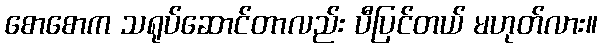
စောစောက သရုပ်ဆောင်တာလည်း ပီပြင်တယ် မဟုတ်လား။